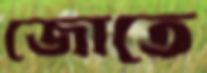
জোতে